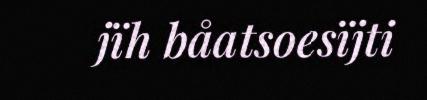
jïh båatsoesïjti